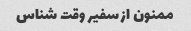
ممنون از سفیر وقت شناس